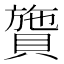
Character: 䞄